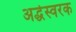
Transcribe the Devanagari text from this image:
अर्द्धस्वरक